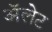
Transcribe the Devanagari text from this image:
ॲलेट